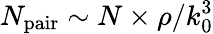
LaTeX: N_{\mathrm{pair}}\sim N\times\rho/k_{0}^{3}